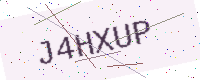
Text: J4HXUP